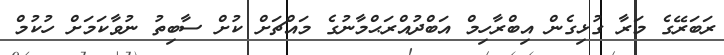
ރަބަރޭގެ މަރާ ގުޅިގެން އިބްރާހިމް އަބްދުއްރަޙްމާނުގެ މައްޗަށް ކުށް ސާބިތު ނުވާކަމަށް ހުކުމް